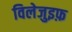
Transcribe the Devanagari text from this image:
विलेजुइफ़